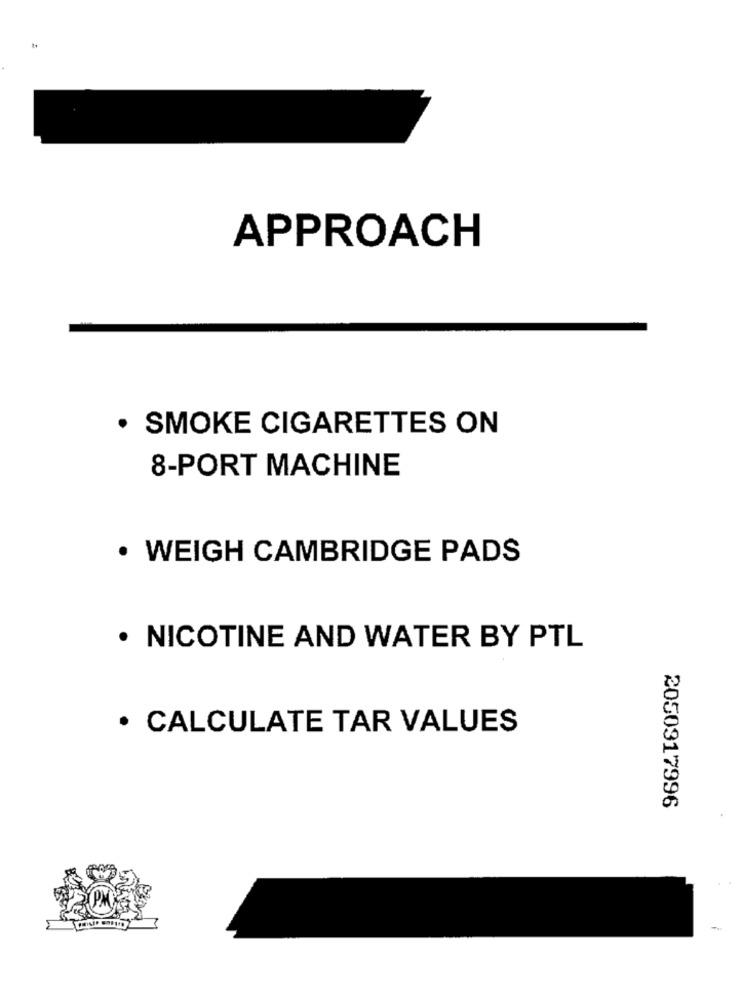
APPROACH
· SMOKE CIGARETTES ON
8-PORT MACHINE
· WEIGH CAMBRIDGE PADS
· NICOTINE AND WATER BY PTL
· CALCULATE TAR VALUES
2050317996